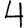
Digit: 4